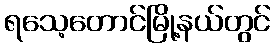
ရသေ့တောင်မြို့နယ်တွင်